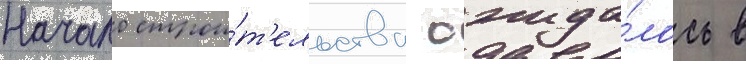
Начало строи́т'ельства ожида́лось в